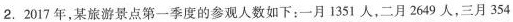
2.2017年，某旅游景点第一季度的参观人数如下：一月1351人，二月2649人，三月354